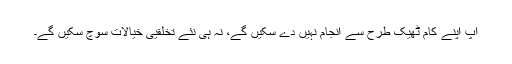
آپ اپنے کام ٹھیک طرح سے انجام نہیں دے سکیں گے، نہ ہی نئے تخلقیی خیالات سوچ سکیں گے۔